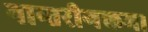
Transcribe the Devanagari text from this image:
नान्तरीगकम।